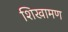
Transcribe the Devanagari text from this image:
शिखामण